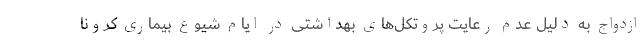
ازدواج به دلیل عدم رعایت پروتکل‌های بهداشتی در ایام شیوع بیماری کرونا